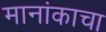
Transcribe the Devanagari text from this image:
मानांकाचा